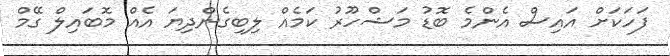
ފަހަކަށް އައިސް އެންމެ ބޮޑު މަޝްހޫރު ކަމެއް ލިބިގެންދިޔަ އެއް މޮބައިލް ގޭމް